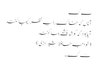
ٹ ک
آناں کہ خاک را بہ نظر کیمیا کنند
آیا بود کہ گوشہ چشمے بما کنند
(خواجہ حافظ شیرازی )
ٹ ک ۔